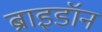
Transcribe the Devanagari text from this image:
ब्राइडॉन